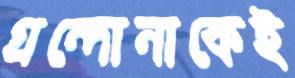
গ্রন্দোনাকেই